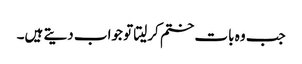
جب وہ بات ختم کرلیتا تو جواب دیتے ہیں۔